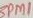
Text: 3PM1